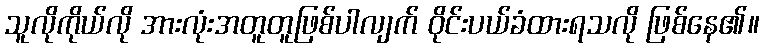
သူလိုကိုယ်လို အားလုံးအတူတူဖြစ်ပါလျက် ဝိုင်းပယ်ခံထားရသလို ဖြစ်နေ၏။